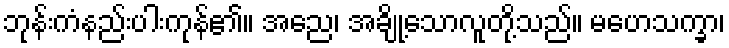
ဘုန်းကံနည်းပါးကုန်၏။ အညေ၊ အချို့သောလူတို့သည်။ မဟေသက္ခာ၊